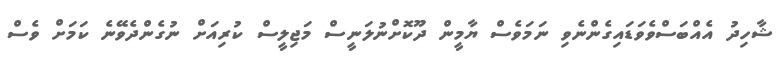
ޝާހިދު އެއްބަސްވެވަޑައިގެންނެވި ނަމަވެސް ޔާމީން ދޫކޮށްނުލަނީސް މަޖިލީސް ކުރިއަށް ނުގެންދެވޭނެ ކަމަށް ވެސް